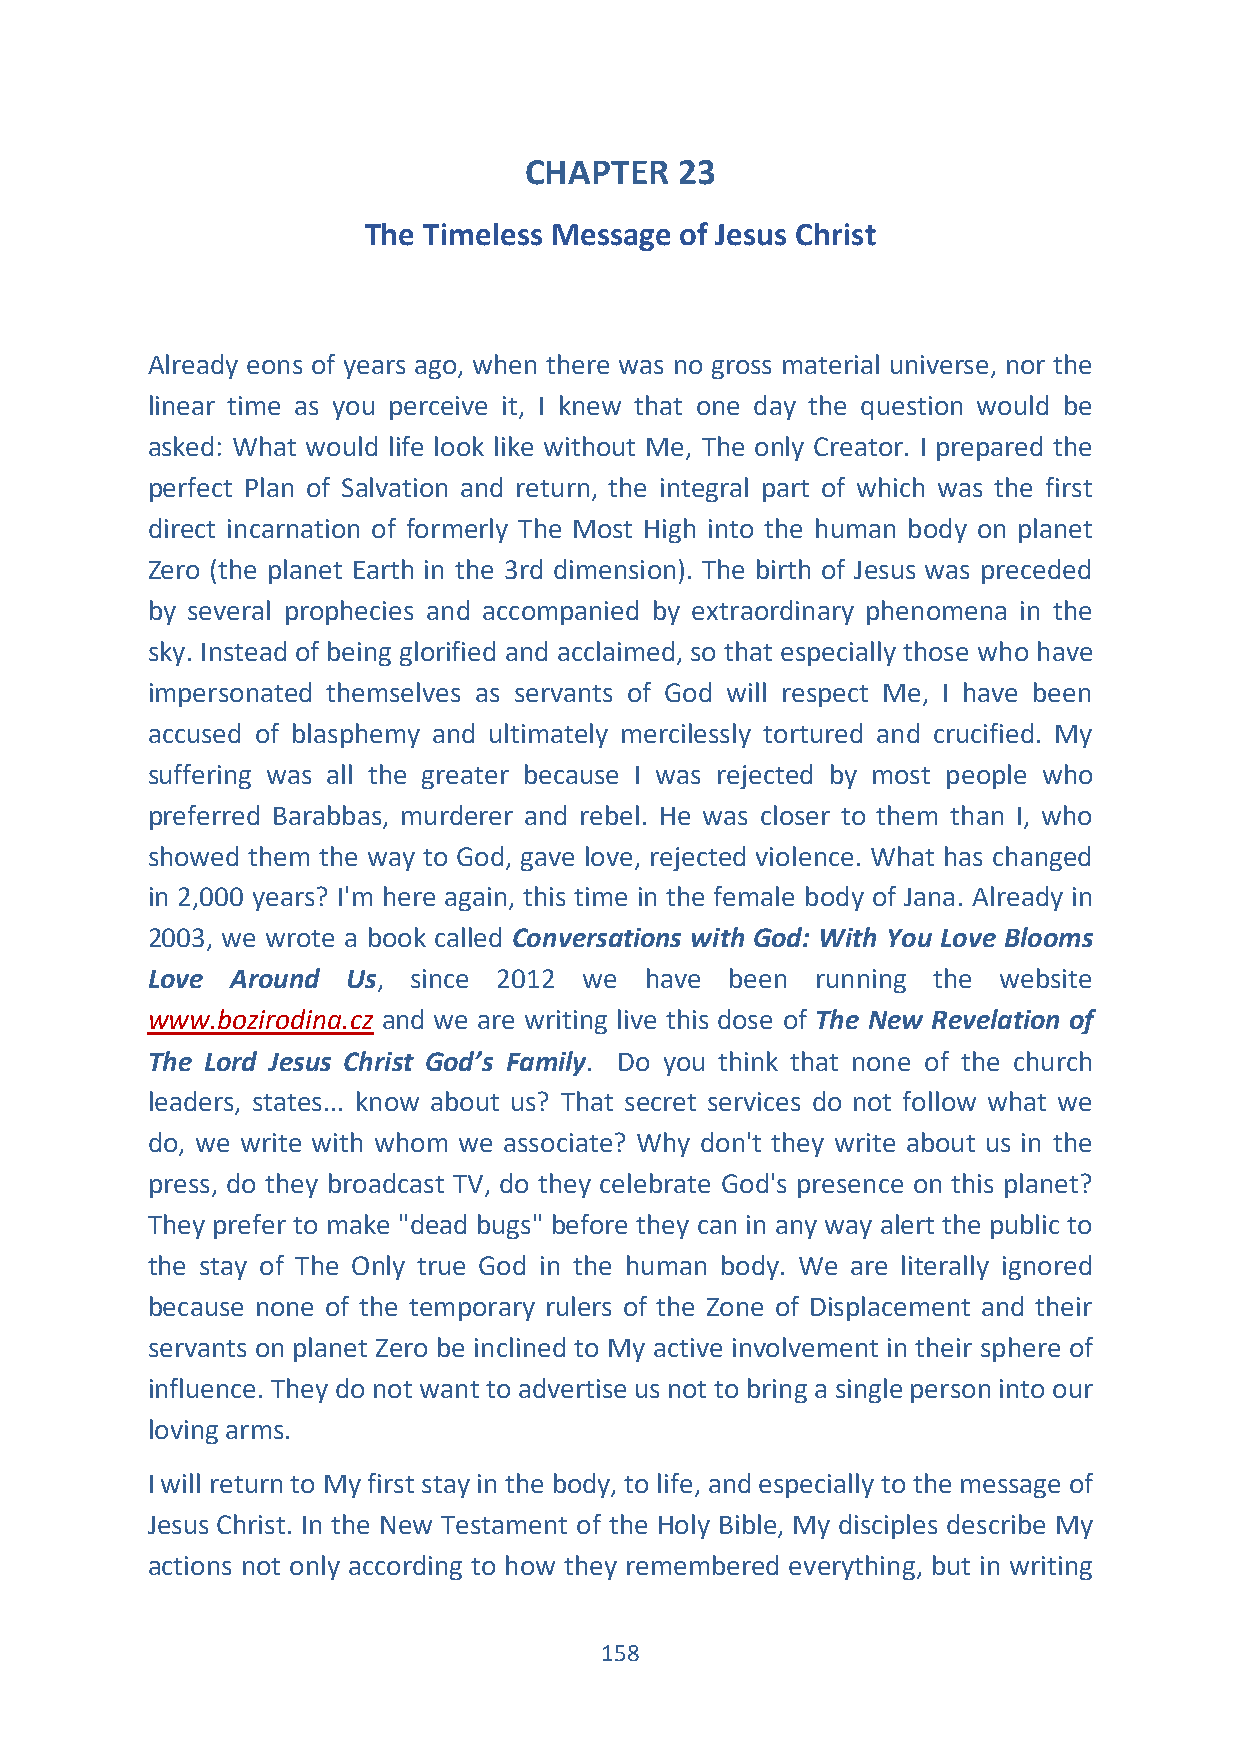
CHAPTER   23
 The Timeless Message of Jesus Christ
 Already eons of years ago, when there was no gross material universe, nor the
 linear time as you perceive it, I knew that one day the question would be
 asked: What would life look like without Me, The only Creator. I prepared the
 perfect Plan of Salvation and return, the integral part of which was the first
 direct incarnation of formerly The Most High into the human body on planet
 Zero (the planet Earth in the 3rd dimension). The birth of Jesus was preceded
 by several prophecies and accompanied by extraordinary phenomena in the
 sky. Instead of being glorified and acclaimed, so that especially those who have
 impersonated themselves as servants of God will respect Me, I have been
 accused of blasphemy and ultimately mercilessly tortured and crucified. My
 suffering was all the greater because I was rejected by most people who
 preferred Barabbas, murderer and rebel. He was closer to them than I, who
 showed them the way to God, gave love, rejected violence. What has changed
 in 2,000 years? I'm here again, this time in the female body of Jana. Already in
 2003, we wrote a book called Conversations with God: With You Love Blooms
 Love Around  Us, since 2012  we  have been  running the website
 www.bozirodina.cz and we are writing live this dose of The New Revelation of
 The Lord Jesus Christ God’s Family. Do you think that none of the church
 leaders, states... know about us? That secret services do not follow what we
 do, we write with whom we associate? Why don't they write about us in the
 press, do they broadcast TV, do they celebrate God's presence on this planet?
 They prefer to make "dead bugs" before they can in any way alert the public to
 the stay of The Only true God in the human body. We are literally ignored
 because none of the temporary rulers of the Zone of Displacement and their
 servants on planet Zero be inclined to My active involvement in their sphere of
 influence. They do not want to advertise us not to bring a single person into our
 loving arms.
 I will return to My first stay in the body, to life, and especially to the message of
 Jesus Christ. In the New Testament of the Holy Bible, My disciples describe My
 actions not only according to how they remembered everything, but in writing
 158